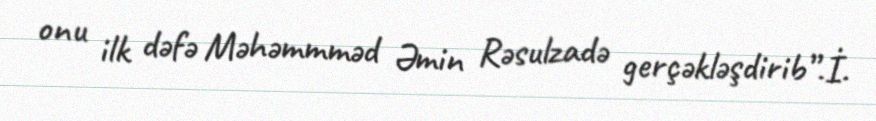
onu ilk dəfə Məhəmmməd Əmin Rəsulzadə gerçəkləşdirib”.İ.